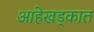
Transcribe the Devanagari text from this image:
आहेखड्कात